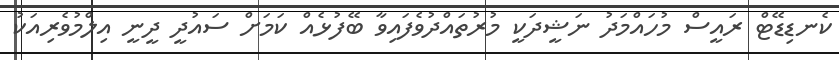
ކެނޑިޑޭޓް ރައީސް މުހައްމަދު ނަޝީދަކީ މުރުތައްދުވެފައިވާ ބޭފުޅެއް ކަމަށް ސައުދީ ދީނީ އިލްމުވެރިއަކު